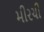
મીરચી